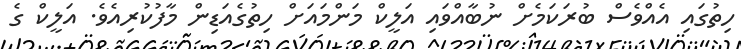
ހިތުގައި އެއްވެސް ބުރަކަމެށް ނުބާއްވައި އަލީކް މަންމައަށް ހިތުގެއަޑިން މާފުކުރިއެވެ. އަލީކް ގެ